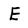
Character: E